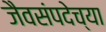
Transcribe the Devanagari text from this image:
जैवसंपदेच्या